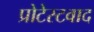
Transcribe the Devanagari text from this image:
प्रोटेस्टवाद